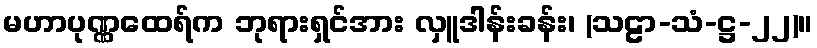
မဟာပုဏ္ဏထေရ်က ဘုရားရှင်အား လှူဒါန်းခန်း၊ (သဠာ-သံ-ဋ္ဌ-၂၂)။